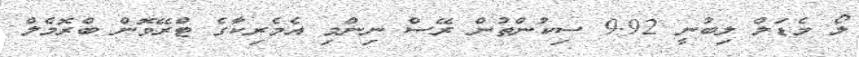
ލޯ މެޑަލް ލިބުނީ 9.92 ސިކުންތުން ރޭސް ނިންމި އެމެރިކާގެ ޓްރޭވޮން ބްރޮމެލް